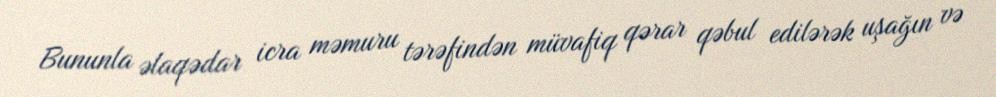
Bununla əlaqədar icra məmuru tərəfindən müvafiq qərar qəbul edilərək uşağın və